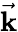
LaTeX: \vec{\mathbf{k}}